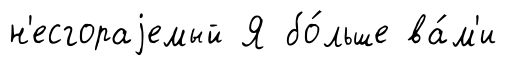
н'есгораjемый Я бо́льше ва́м'и